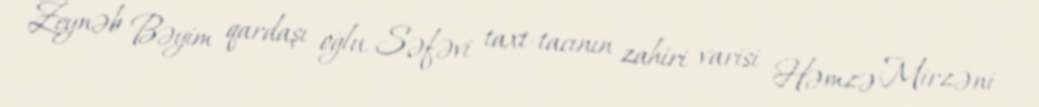
Zeynəb Bəyim qardaşı oğlu, Səfəvi taxt-tacının zahiri varisi Həmzə Mirzəni